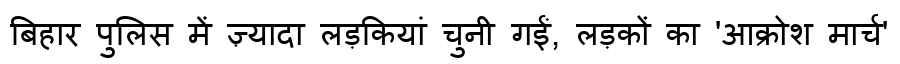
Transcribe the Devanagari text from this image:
बिहार पुलिस में ज़्यादा लड़कियां चुनी गईं, लड़कों का 'आक्रोश मार्च'